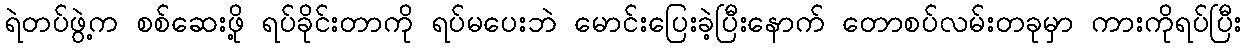
ရဲတပ်ဖွဲ့က စစ်ဆေးဖို့ ရပ်ခိုင်းတာကို ရပ်မပေးဘဲ မောင်းပြေးခဲ့ပြီးနောက် တောစပ်လမ်းတခုမှာ ကားကိုရပ်ပြီး